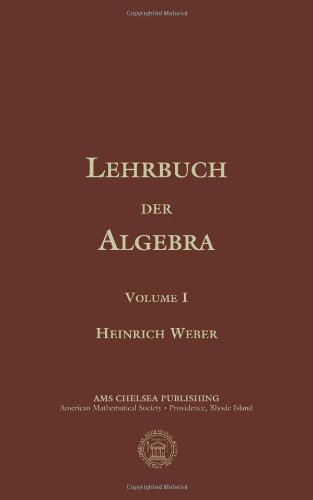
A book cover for Lehrbuch der Algebra, Volume I (Ams Chelsea Publishing) (German Edition); Heinrich Weber; Science & Math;